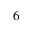
^ 6